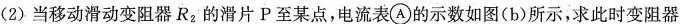
(2)当移动滑动变阻器R_{2}，的滑片P至某点，电流表A的示数如图(b)所示，求此时变阻器